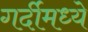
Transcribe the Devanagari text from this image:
गर्दीमध्ये